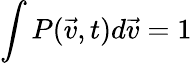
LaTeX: \int P(\vec{v},t)d\vec{v}=1